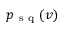
p _ { \mathrm { ~ s ~ q ~ } } ( v )